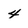
Character: 4